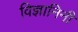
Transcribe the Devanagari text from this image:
विज्ञानिनी